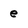
Character: e